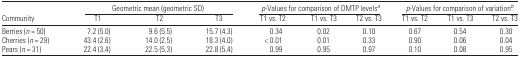
<table><thead><tr><td></td><td colspan="3"><b>Geometric mean (geometric SD)</b></td><td colspan="3"><b><i>p</i>-Values for comparison of DMTP levels<i><sup>a</sup></i></b></td><td colspan="3"><b><i>p</i>-Values for comparison of variation<i><sup>b</sup></i></b></td></tr><tr><td><b>Community</b></td><td><b>T1</b></td><td><b>T2</b></td><td><b>T3</b></td><td><b>T1 vs. T2</b></td><td><b>T1 vs. T3</b></td><td><b>T2 vs. T3</b></td><td><b>T1 vs. T2</b></td><td><b>T1 vs. T3</b></td><td><b>T2 vs. T3</b></td></tr></thead><tbody><tr><td>Berries (<i>n</i> = 50)</td><td>7.2 (5.0)</td><td>9.6 (5.5)</td><td>15.7 (4.3)</td><td>0.34</td><td>0.02</td><td>0.10</td><td>0.67</td><td>0.54</td><td>0.30</td></tr><tr><td>Cherries (<i>n</i> = 29)</td><td>43.4 (2.6)</td><td>14.0 (2.5)</td><td>18.3 (4.0)</td><td>&lt; 0.01</td><td>0.01</td><td>0.33</td><td>0.90</td><td>0.06</td><td>0.04</td></tr><tr><td>Pears (<i>n</i> = 31)</td><td>22.4 (3.4)</td><td>22.5 (5.3)</td><td>22.8 (5.4)</td><td>0.99</td><td>0.95</td><td>0.97</td><td>0.10</td><td>0.08</td><td>0.95</td></tr></tbody></table>